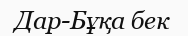
Дар-Бұқа бек